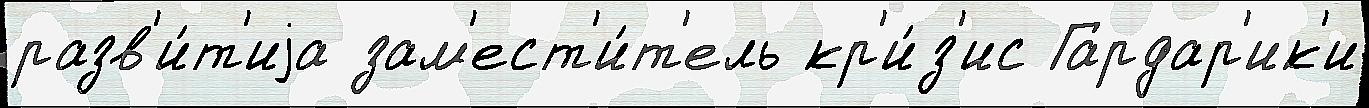
разв'и́т'иjа зам'ест'и́т'ель кр'и́з'ис Гардар'ик'и